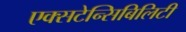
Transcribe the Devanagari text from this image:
एक्सटेन्सिबिलिटी